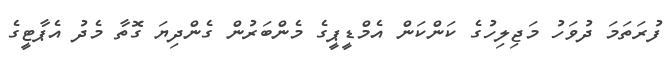
ފުރަތަމަ ދުވަހު މަޖިލިހުގެ ކަންކަން އެމްޑީޕީގެ މެންބަރުން ގެންދިޔަ ގޮތާ މެދު އެޕާޓީގެ